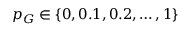
p _ { G } \in \{ 0 , 0 . 1 , 0 . 2 , \dots , 1 \}